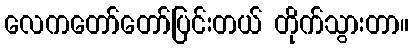
လေကတော်တော်ပြင်းတယ် တိုက်သွားတာ။